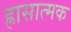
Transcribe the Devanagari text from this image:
ह्रासात्मक